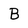
Character: B